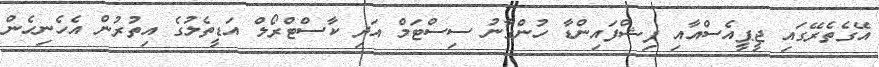
އޭގެތެރޭގައި ޖީޕީއެސްއާއި ފިޝްފައިންޑާ ހުންގާނު ސިސްޓަމް އަދި ކާސްޓްރޯލް އަޑީތެލުގެ އިތުރުން އެހެނިހެން